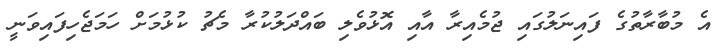
އެ މުބާރާތުގެ ފައިނަލުގައި ޖުމެއިރާ އާއި އޮޅުވެލި ބައްދަލުކުރާ މެޗު ކުޅުމަށް ހަމަޖެހިފައިވަނީ